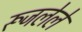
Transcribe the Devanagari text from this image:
रूजलेले